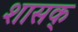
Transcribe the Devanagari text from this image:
शासक्